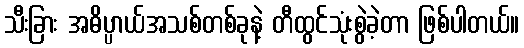
သီးခြား အဓိပ္ပာယ်အသစ်တစ်ခုနဲ့ တီထွင်သုံးစွဲခဲ့တာ ဖြစ်ပါတယ်။